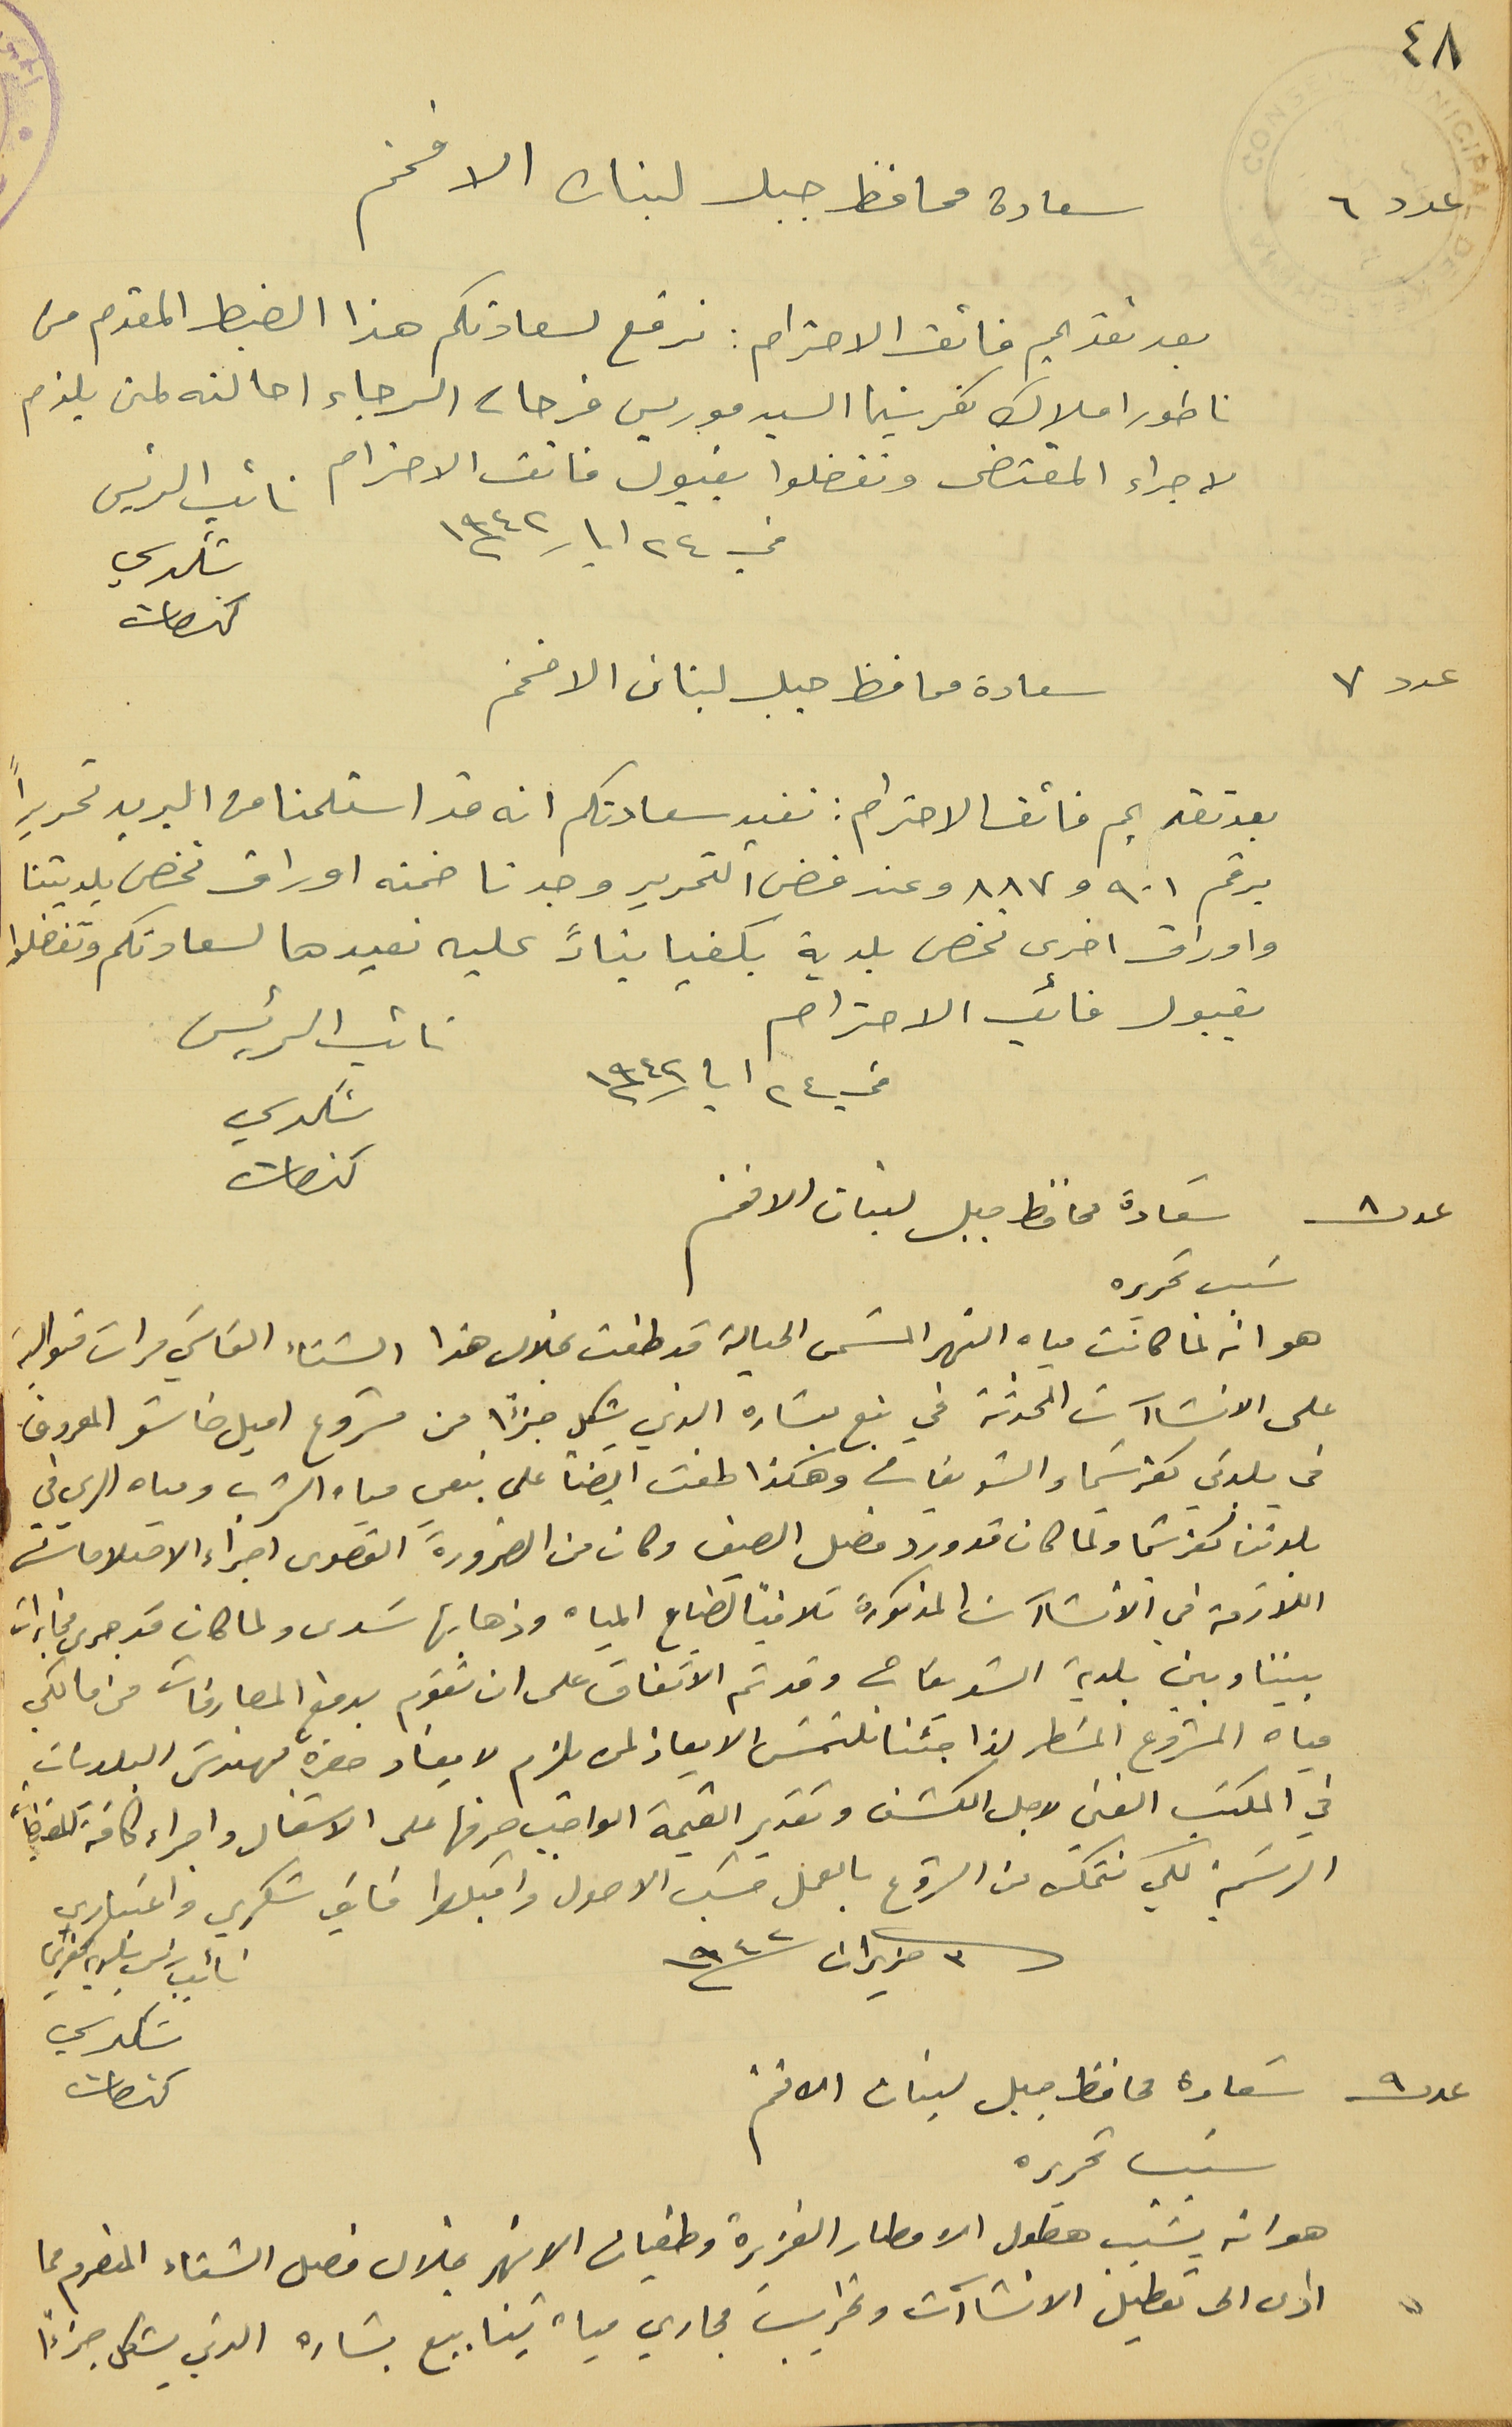
٤٨
سعادة محافظ جبل لبنان الافخم

بعد تقديم فائق الاحترام : نرفع لسعادتكم هذا الضبط المقدم من
ناطور املاك كفرشيما السيد موريس فرحات الرجاء احالته لمن يلزم
لاجراء المقتضى وتفضلوا بقبول فائق الاحترام
في ٢٤ ايار ١٩٤٢
نائب الرئيس شكري كنعان
سعادة محافظ جبل لبنان الافخم
عدد ٧
بعد تقديم فائق الاحترام : نفيد سعادتكم انه قد استلمنا من البريد تحريراً
برقم ٩٠١ و٨٨٧ وعند فض التحرير وجدنا ضمنه اوراق تخص بلديتنا
واوراق اخرى تخص بلدية بكفيا بناءً عليه نعيدها لسعادتكم وتفضلوا
بقبول فائق الاحترام
نائب الرئيس شكري كنعان
عدد ٨ سَعادة محافظ جبل لبنان الافخم
 هو انه لما كانت مياه النهر المسَمى الحيالة قد طفت بخلال هذا الشتاء القاسَي مرات متوالية
على الانشاآت المحدثة في نبع بشاره الذي شكل جزًا من مشروع اميل خاشو المعروف
 فى بلدتي كفرشيما والشويفات وهكذا طفت ايضاً على نبعي مياه الشرب ومياه الري في
بلدتنا كفرشيما ولما كان قد ورد فصل الصيف وكان من الضرورة القصوى اجراء الاصلاحات
اللازمة في الانشاآت المذكورة تلافياً لضياع المياه وذهابها سَدى ولما كان قد جرى مخابرات
بيننا وبين بلدية الشويفات وقد تم الاتفاق على ان تقوم بدفع المصارفات من مالكي

مياه المشروع المسَطر لذا جَئنا نلتمسَ الايعاز لمن يلزم لايفاد حضرة مهندسَ البلديات
في المكتب الفني لاجل الكشف وتقدير القيمة الواجب صرفها على الاشغال واجراء كافة المقتضيات
الرسَمية لكي نتمكن من الشروع بالعمل حسَب الاصول واقبلوا فايق شكري واعتباري
 ٣ حزيران سنة ١٩٤٢
نائِب رئىس بلدية كفرشيما شكري كنعان
 عدد ٩ سَعادة محافظ جبل لبنان الافخم
 سَبب تحريره
هو انه بسَبب هطول الامطار الغزيرة وطغيان الانهر خلال فصل الشتاء المنصرم ما
ادى الى تعطيل الانشاآت وتخريب مجاري مياه ينابيع بشاره الذي يشكل جزءًا
عدد ٦
في ٢٤ ايار سنة ١٩٤٢
سَبب تحريره